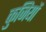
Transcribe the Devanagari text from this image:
कुजियों